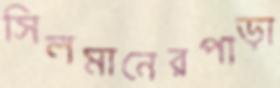
সিলমানেরপাড়া